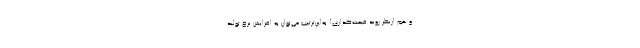
و هم ازنظر روند قیمت‌گذاری! به‌این‌ترتیب می‌توان به افزایش نرخ تولید